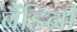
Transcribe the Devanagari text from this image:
बैंडिनी